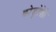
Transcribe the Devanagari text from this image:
कोजुतेपेक़े